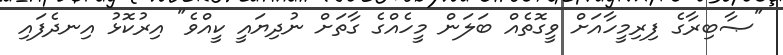
"ޞާބިރާގެ ފިރިމީހާއަށް ވީގޮތެއް ބަލަން މީހެއްގެ ގާތަށް ނުދިޔައީ ކީއްވެ" އިރުކޮޅު އިނދެފައި